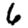
Digit: 6